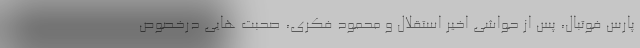
پارس فوتبال، پس از حواشی اخیر استقلال و محمود فکری، صحبت هایی درخصوص